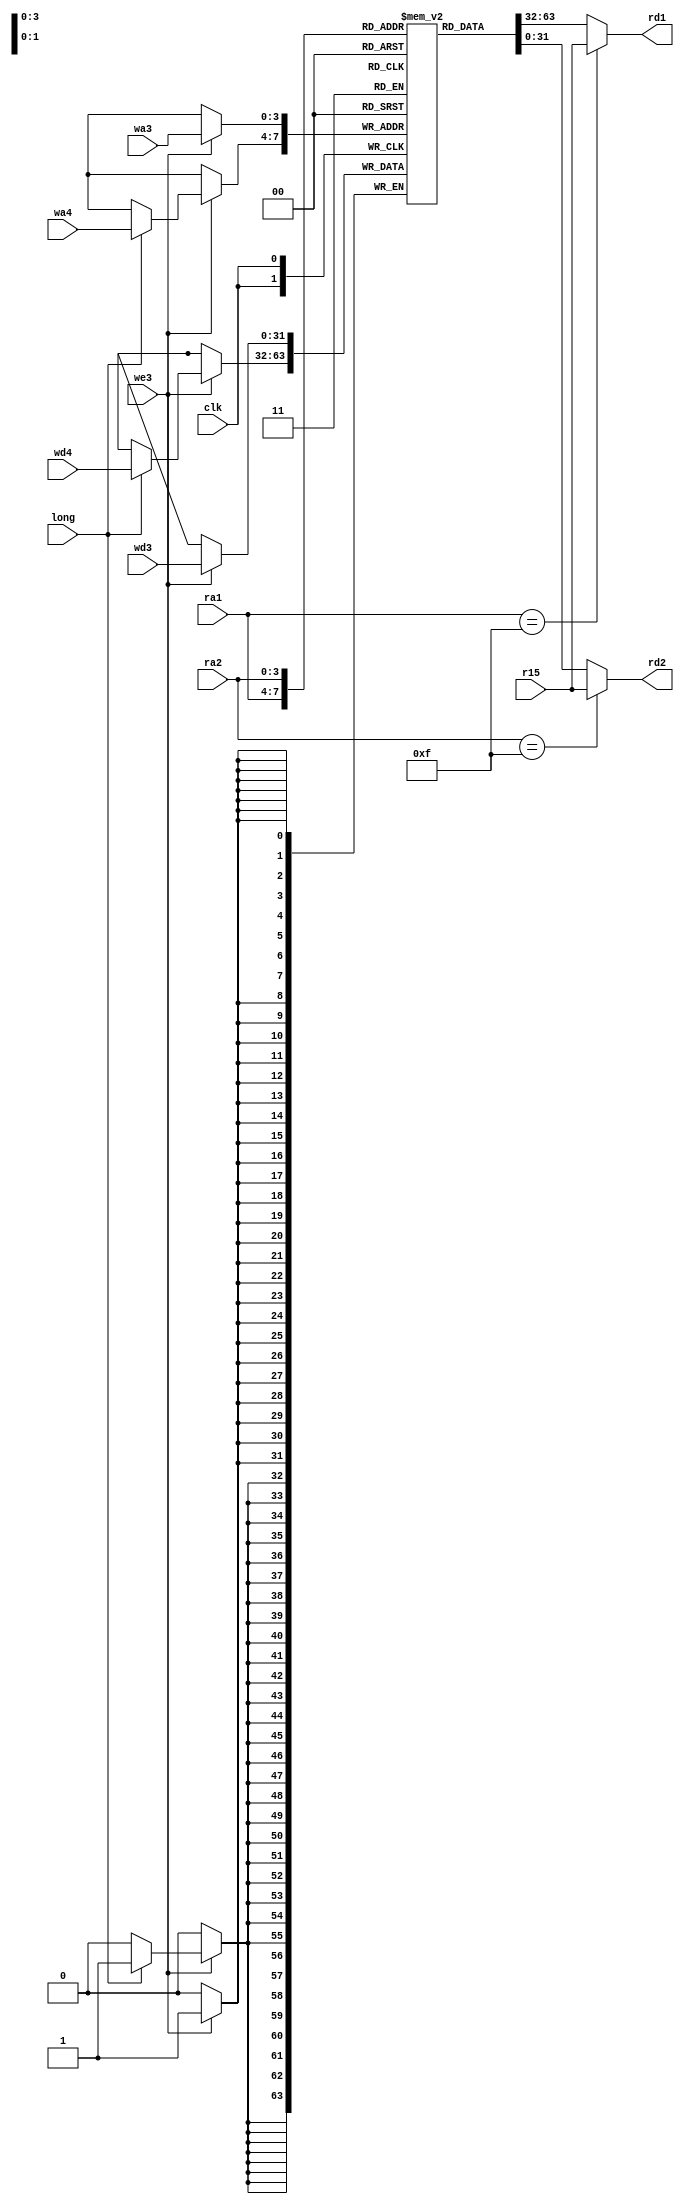
// vim: set expandtab:

module regfile (
    clk,
    we3,
    ra1,
    ra2,
    wa3,
    wa4,
    wd3,
    wd4,
    long,
    r15,
    rd1,
    rd2
);
    input wire clk;
    input wire we3;
    input wire [3:0] ra1;
    input wire [3:0] ra2;
    input wire [3:0] wa3;
    input wire [3:0] wa4;
    input wire [31:0] wd3;
    input wire [31:0] wd4;
    input wire long;
    input wire [31:0] r15;
    output wire [31:0] rd1;
    output wire [31:0] rd2;
    reg [31:0] rf [14:0];

    always @(posedge clk)
        if (we3) begin
            rf[wa3] <= wd3;
            if(long) begin
                rf[wa4] <= wd4;
            end
        end

    assign rd1 = (ra1 == 4'b1111 ? r15 : rf[ra1]);
    assign rd2 = (ra2 == 4'b1111 ? r15 : rf[ra2]);
endmodule